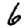
Digit: 6